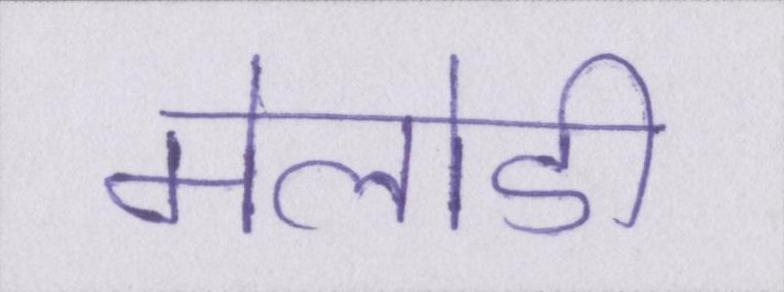
मेलोडी